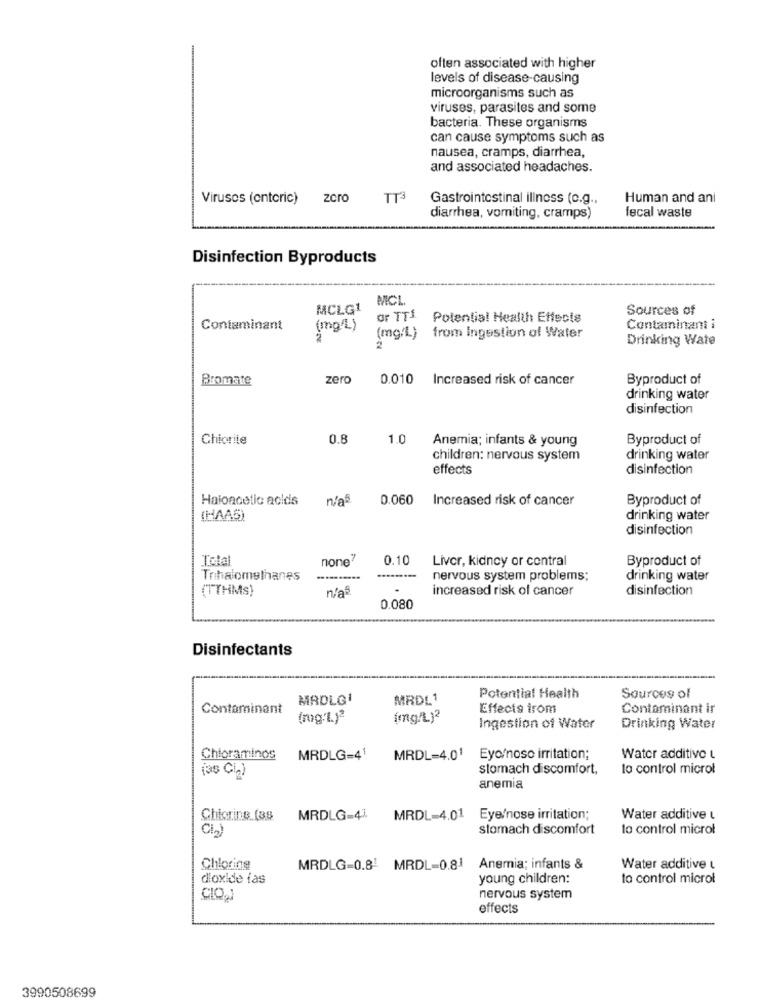
often associated with higher
levels of disease-causing
microorganisms such as
viruses, parasites and some
bacteria. These organisms
can cause symptoms such as
nausea, cramps, diarrhea,
and associated headaches.
Viruses (enteric) zero
TT3
Gastrointestinal illness (c.g .,
Human and ani
fecal waste
diarrhea, vomiting, cramps)
Disinfection Byproducts
MCL
MCLG1
Sources of
OF TTI
Potential Health Effects
Contaminant
(mg/L)
Contaminant i
2
(mg/L) from Ingestion of Water
Drinking Wate
Bromate
zero
0.010
Increased risk of cancer
Byproduct of
drinking water
disinfection
Chiorite
0.8
1.0
Anemia; infants & young
Byproduct of
children: nervous system
drinking water
effects
disinfection
Haioacetic acids
n/aB.
0.060
Increased risk of cancer
Byproduct of
(HAAS)
drinking water
disinfection
Total
none"
0.10
Liver, kidney or central
Byproduct of
Trihalomethanes
nervous system problems;
drinking water
(TTHMs)
nia5
increased risk of cancer
disinfection
0.080
Disinfectants
MRDLG1
MRDL1
Potential Health
Sources of
Contaminant
Effects irom
Contaminant ir
(mg'1)2
(mg/L)2
Ingestion of Water
Drinking Water
Chloraminos
MRDLG=41
MRDL=4.01
Eyo/noso irritation;
Water additive L
(as CL)
stomach discomfort,
lo control microl
anemia
Chicring (38
MRDLG-41
MRDL-4.01 Eye/nose irritation;
Water additive L
stomach discomfort
lo control microl
Chloring
MRDLG-0.81 MRDL-0.81 Anemia; infants &
Water additive
dioxide ias
young children:
to control microl
nervous system
effects
3990508699